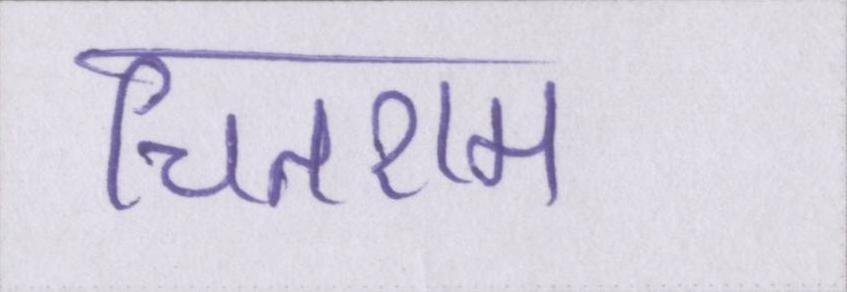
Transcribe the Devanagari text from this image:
चितराम